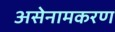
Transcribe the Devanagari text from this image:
असेनामकरण